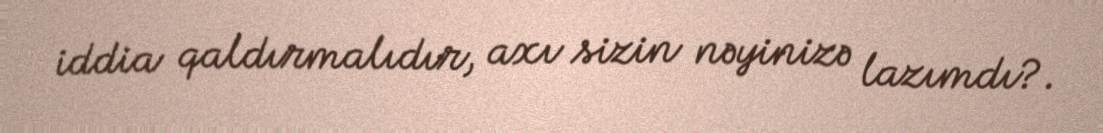
iddia qaldırmalıdır, axı sizin nəyinizə lazımdı?.